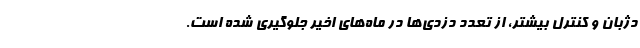
دژبان و کنترل بیشتر، از تعدد دزدی‌ها در ماه‌های اخیر جلوگیری شده است.